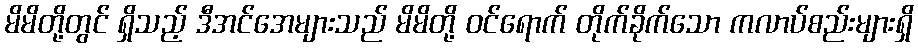
မိမိတို့တွင် ရှိသည့် ဒီအင်အေများသည် မိမိတို့ ဝင်ရောက် တိုက်ခိုက်သော ကလာပ်စည်းများရှိ